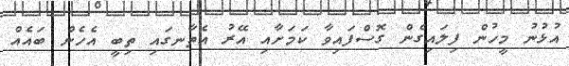
އުޅުނު މީހުން ފިލައިގެން ގޮސްފައިވާ ކަމަށާއި އޭރު އެތާނގައި ތިބީ އެހެން ބައެއް